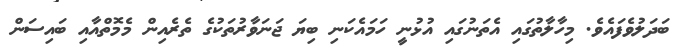
ބަދަލުވެފައެވެ. މިހާލާތުގައި އެތަނުގައި އުޅުނީ ހަމައެކަނި ބިޔަ ޖަނަވާރުތަކުގެ ތެރެއިން މެމޮތްއާއި ބައިސަން